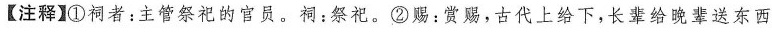
【注释】①祠者：主管祭祀的官员。祠：祭祀。②赐：赏赐，古代上给下，长辈给晚辈送东西